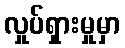
လှုပ်ရှားမှုမှာ